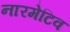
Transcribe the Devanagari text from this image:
नारमेटिव